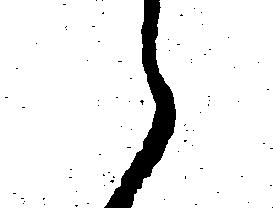
え